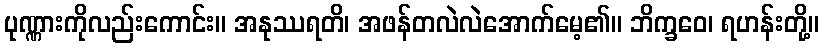
ပုဏ္ဏားကိုလည်းကောင်း။ အနုဿရတိ၊ အဖန်တလဲလဲအောက်မေ့၏။ ဘိက္ခဝေ၊ ရဟန်းတို့။